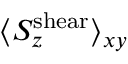
\langle S _ { z } ^ { \mathrm { s h e a r } } \rangle _ { x y }